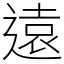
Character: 遠